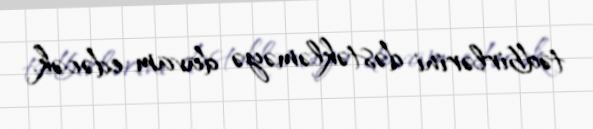
tədbirlərini dəstəkləməyə davam edəcək.